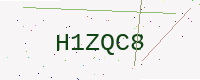
Text: H1ZQC8